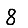
Digit: 8